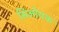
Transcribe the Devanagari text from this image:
सिओराक